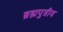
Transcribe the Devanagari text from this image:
ब्रह्मपुत्रीय